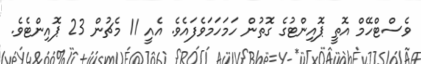
ވެސްޓްހޭމް އޮތީ ޕޮއިންޓުގެ ގޮތުން ހަމަހަމަވެފައެވެ. އެއީ 11 މެޗުން 23 ޕޮއިންޓެވެ.